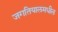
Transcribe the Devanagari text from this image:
जगतियालमधील